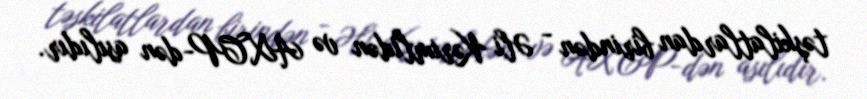
təşkilatlardan birindən - Əli Kərimlidən və AXCP-dən asılıdır.